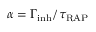
\alpha = \Gamma _ { \mathrm { i n h } } / \tau _ { \mathrm { R A P } }